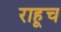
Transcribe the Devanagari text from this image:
राहूच